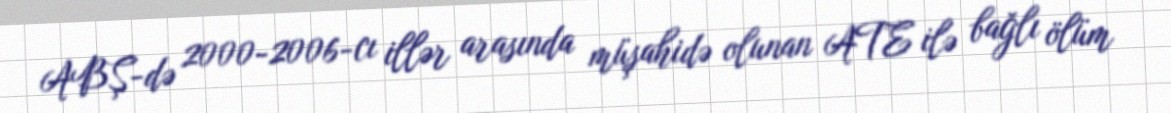
ABŞ-də 2000-2006-cı illər arasında müşahidə olunan ATE ilə bağlı ölüm